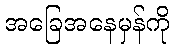
အခြေအနေမှန်ကို